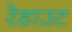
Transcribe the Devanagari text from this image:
रेडाउट